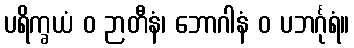
ပရိက္ခယံ ဝ ဉာတီနံ၊ ဘောဂါနံ ဝ ပဘင်္ဂုရံ။